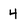
Character: 4